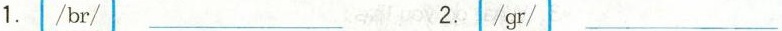
1./br/___ 2./gr/___